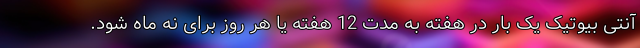
آنتی بیوتیک یک بار در هفته به مدت 12 هفته یا هر روز برای نه ماه شود.